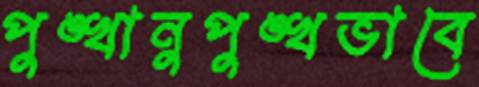
পুঙ্খানুপুঙ্খভাবে